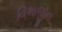
વિભાજીના